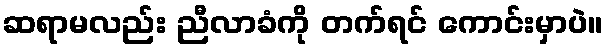
ဆရာမလည်း ညီလာခံကို တက်ရင် ကောင်းမှာပဲ။